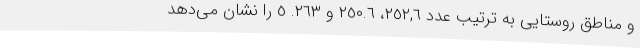
و مناطق روستایی به ترتیب عدد ٢٥٢,٦، ٢٥٠.٦ و ٢٦٣. ٥ را نشان می‌دهد